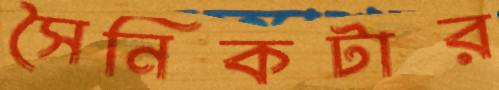
সৈনিকটার